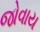
જોવાય